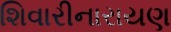
શિવારીનારાયણ